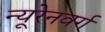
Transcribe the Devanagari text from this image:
न्यूरेनवर्ग